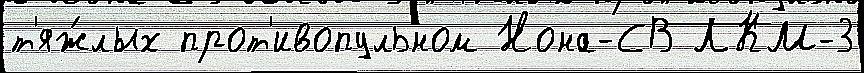
т'яж́лых прот'ивопульном Нона-СВ ЛКМ-3